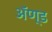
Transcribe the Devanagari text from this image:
ॲण्‍ड